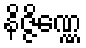
နိဇ္ဇိဏ္ဏေ